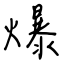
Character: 爆